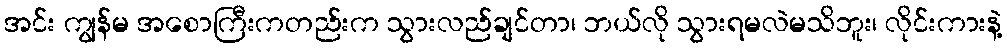
အင်း ကျွန်မ အစောကြီးကတည်းက သွားလည်ချင်တာ၊ ဘယ်လို သွားရမလဲမသိဘူး၊ လိုင်းကားနဲ့